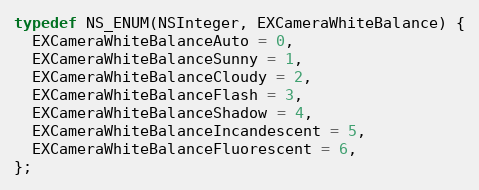
Language: C
typedef NS_ENUM(NSInteger, EXCameraWhiteBalance) {
  EXCameraWhiteBalanceAuto = 0,
  EXCameraWhiteBalanceSunny = 1,
  EXCameraWhiteBalanceCloudy = 2,
  EXCameraWhiteBalanceFlash = 3,
  EXCameraWhiteBalanceShadow = 4,
  EXCameraWhiteBalanceIncandescent = 5,
  EXCameraWhiteBalanceFluorescent = 6,
};